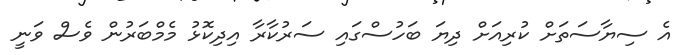
އެ ސިޔާސަތަށް ކުރިއަށް ދިޔަ ބަހުސްގައި ސަރުކާރާ އިދިކޮޅު މެމްބަރުން ވެސް ވަނީ